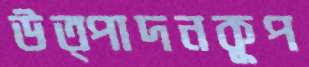
উত্পাদনকূপ